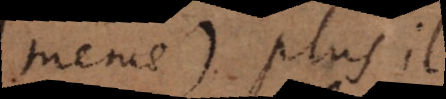
même) plus il